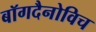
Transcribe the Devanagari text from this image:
बॉगदैनोविच